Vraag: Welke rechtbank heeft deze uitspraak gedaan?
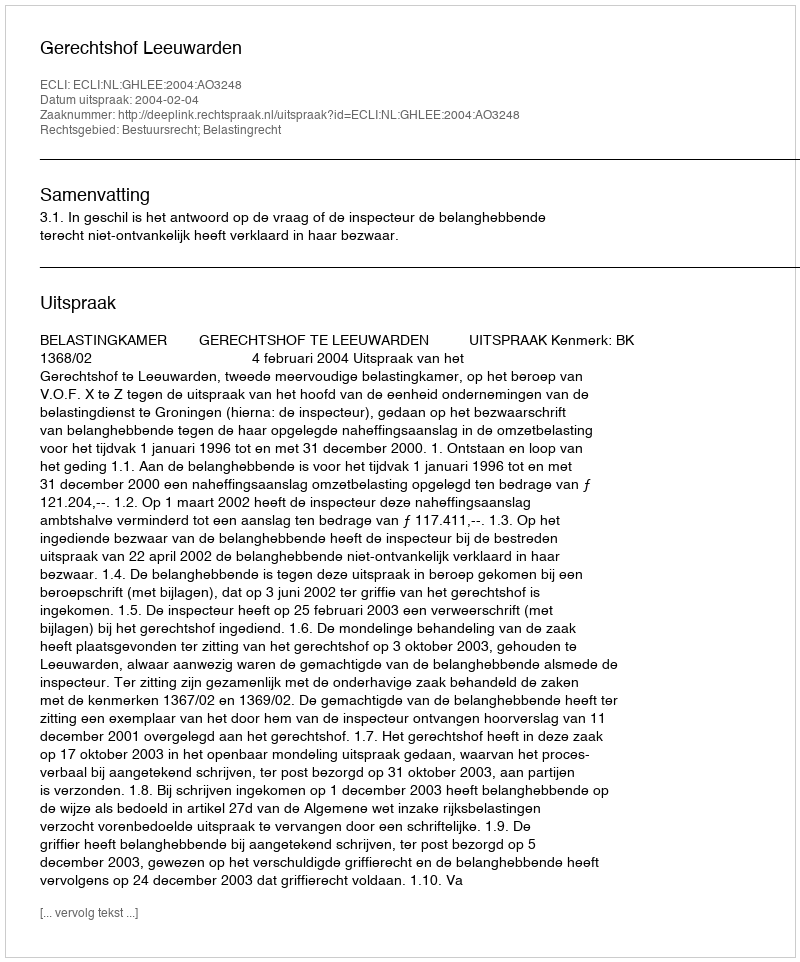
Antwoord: Gerechtshof Leeuwarden